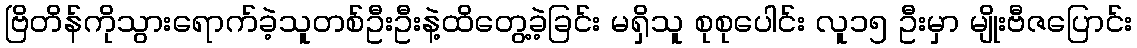
ဗြိတိန်ကိုသွားရောက်ခဲ့သူတစ်ဦးဦးနဲ့ထိတွေ့ခဲ့ခြင်း မရှိသူ စုစုပေါင်း လူ၁၅ ဦးမှာ မျိုးဗီဇပြောင်း